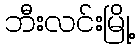
ဘီးလင်းမြို့